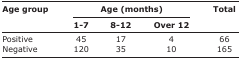
<table><thead><tr><td rowspan="3"><b>Age group</b></td><td colspan="3"><b>Age (months)</b></td><td rowspan="3"><b>Total</b></td></tr><tr><td><b>1-7</b></td><td><b>8-12</b></td><td><b>Over 12</b></td></tr></thead><tbody><tr><td>Positive</td><td>45</td><td>17</td><td>4</td><td>66</td></tr><tr><td>Negative</td><td>120</td><td>35</td><td>10</td><td>165</td></tr></tbody></table>